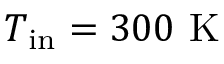
T _ { \mathrm { i n } } = 3 0 0 ~ \mathrm { K }